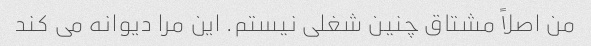
من اصلاً مشتاق چنین شغلی نیستم. این مرا دیوانه می کند